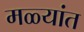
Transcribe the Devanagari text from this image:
मळ्यांत